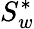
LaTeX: S_{w}^{*}